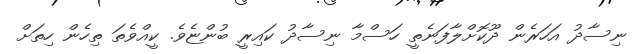
ނިސާދު އަހަރެން ދޫކޮށްލާފަނެތީ ހަސްމާ ނިސާދު ކައިރީ ބުންޏެވެ. ކީއްވެތަ ތިހެން ހިތަށް